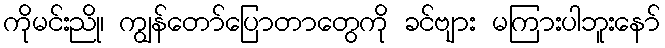
ကိုမင်းညို၊ ကျွန်တော်ပြောတာတွေကို ခင်ဗျား မကြားပါဘူးနော်